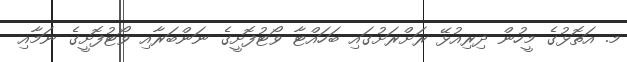
މ. އަތޮޅުގެ މީހުން ދިރިއުޅޭ ރަށްރަށުގައި ބަހައްޓާ ވޯޓުފޮށީގެ ނަންބަރާއި ވޯޓުފޮށީގެ ނަމާއި